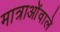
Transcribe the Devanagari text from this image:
मात्राओंवाले